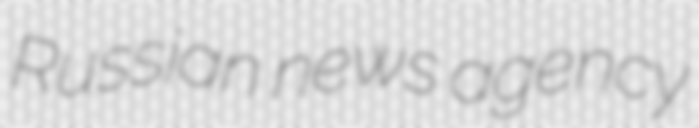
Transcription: Russian news agency